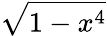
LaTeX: \sqrt{1-x^{4}}